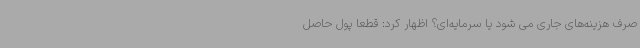
صرف هزینه‌های جاری می شود یا سرمایه‌ای؟ اظهار کرد: قطعاً پول حاصل